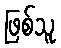
ဖြစ်သူ